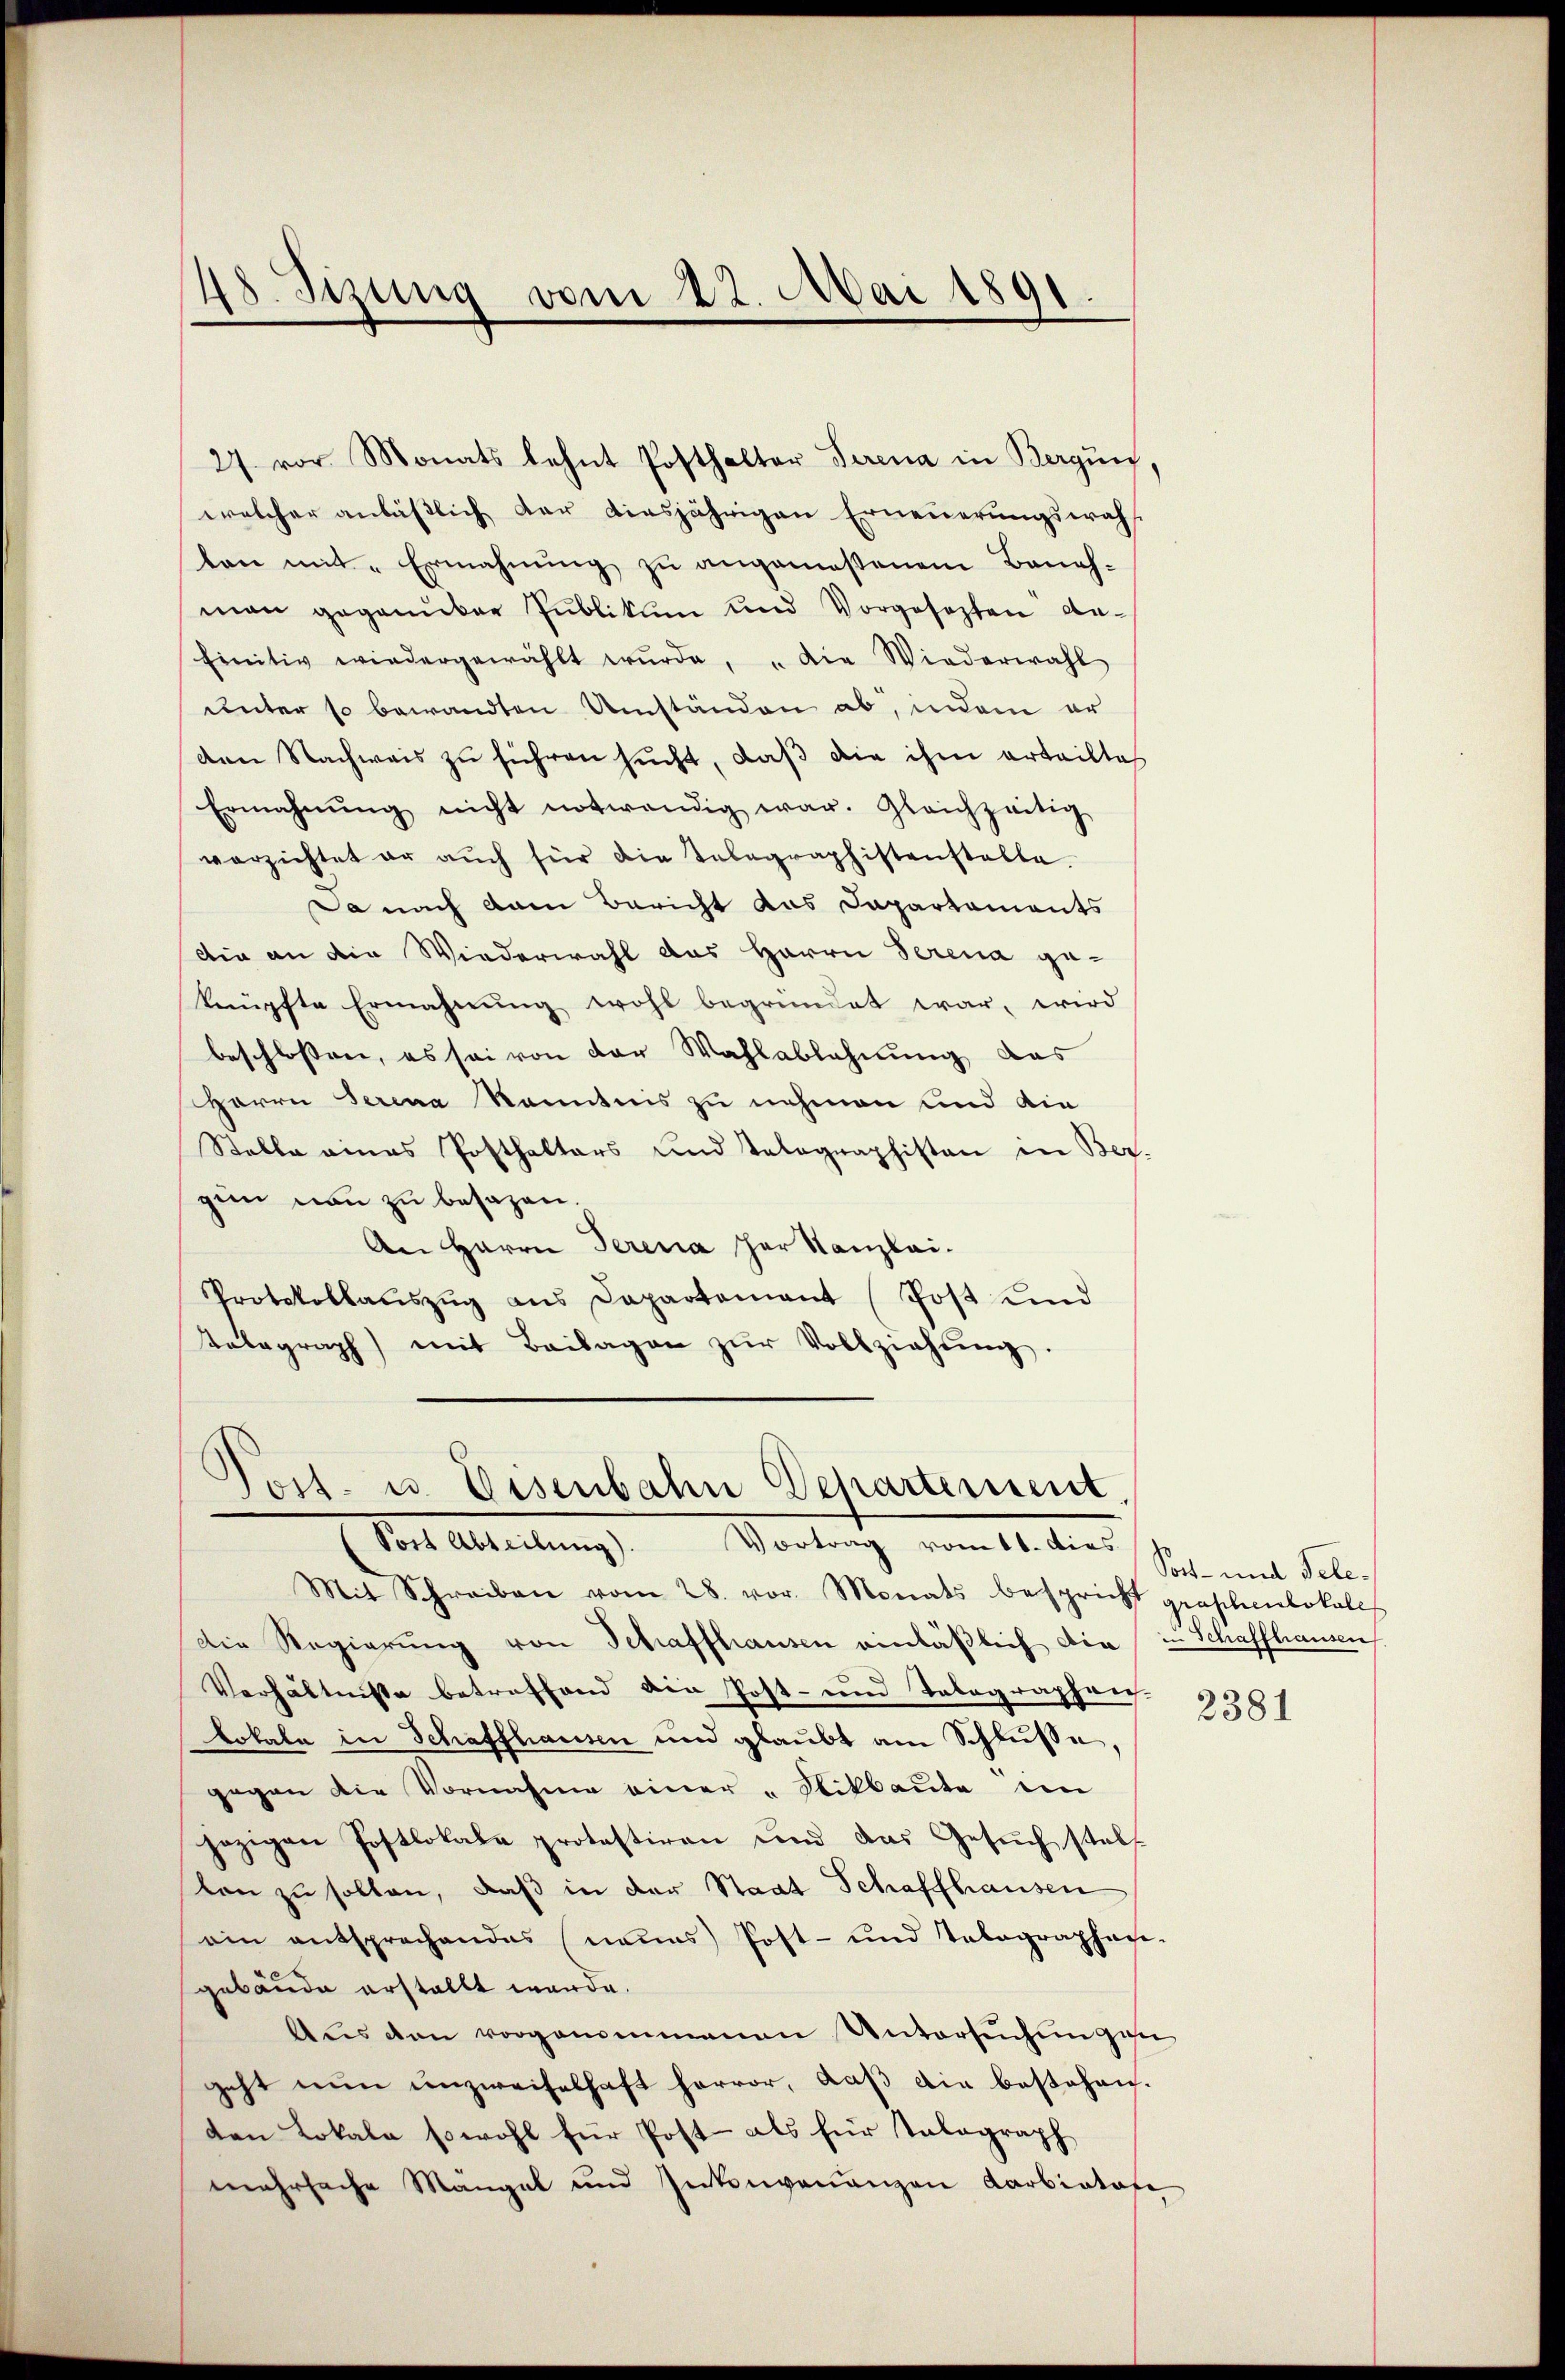
48. Sizung vom 22. Mai 1891.

welcher anläßlich der diesjährigen Erneuerungswah
ton mit Ermahnung zu angemeßenem Banah-
man gegenüber Publikum und Vorgesezten An-
Einitiv wiedergewählt wŭrde, „die Wiederwahl
unter so bewandten Umständen ab, indem er
den Nachweis zŭ führen sucht, daβ die ihm erteilte
Ermahnŭng nicht notwendig war. Gleichzeitig
verzichtet er aŭch für die Telegraphistenstelle.
Da nach dem Bericht das Dapartaments
dia an die Wiederwahl das Herrn Serena ge-
knüpfte Ermahnŭng wohl begründet war, wird
beschlossen, es sei von der Wahlablehnung das
Herrn Serena Kenntnis zu nehmen und die
Stelle eines Posthalters und Telegraphisten in Bez.
zun von zu besagen.
An Herrn Serena her Kanzlei-
Protokollaŭszŭg ans Departamant (Post und
Telegraph mit Beilagen zŭr Vollziehŭng.

27. vor Monats lehnt Posthalter Serena in Bergung,

ost- u. Eisenbahn Departement.
(Post Abteilŭng. Vortrag vom 11. dies

Mit Schreiben vom 28. vor. Monats bespricht grossenlokales
Die Regierŭng von Schaffhausen einläßlich die in Schaffhausen
Verhältnisse betreffend die Post- und Telegraphrei¬
Lokale in Schaffhausen und glaubt am Schluße,
gegen die Vornahme einer „Sikbaute in
jezigen Postlokale protestiren und das Gesŭch stell
ton zu sollen, daß in der Staat Schaffhausen
ain entsprechendes neues Post- und Telegraphen-
gebäude erstellt werde.
Aŭs den vorgenommenen Untersŭchŭngser
geht nun unzweifelhaft hervor, daβ die bestehen.
den Lokale sowohl für Post- als für Talograph
mehrsache Mängel und Inkonvenanzen Karbintafe

Sor- und Tele¬

2381